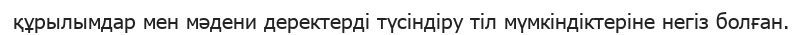
құрылымдар мен мәдени деректерді түсіндіру тіл мүмкіндіктеріне негіз болған.